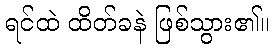
ရင်ထဲ ထိတ်ခနဲ ဖြစ်သွား၏။